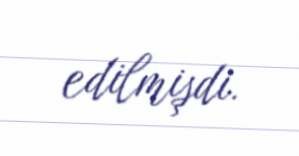
edilmişdi.